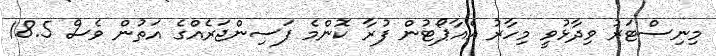
މިނިސްޓަރު ވިދާޅުވީ މިހާރު އެއާޕޯޓުން ފުރާ ކޮންމެ ފަސިންޖަރެއްގެ އަތުން ވެސް 18.5